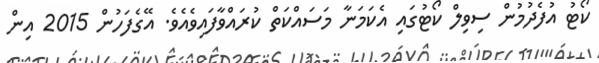
ކޯޓު އުފެދުމުން ސިވިލް ކޯޓުގައި އެކަމަނާ މަސައްކަތް ކުރައްވާފައިވެއެވެ. އޭގެފަހުން 2015 އިން